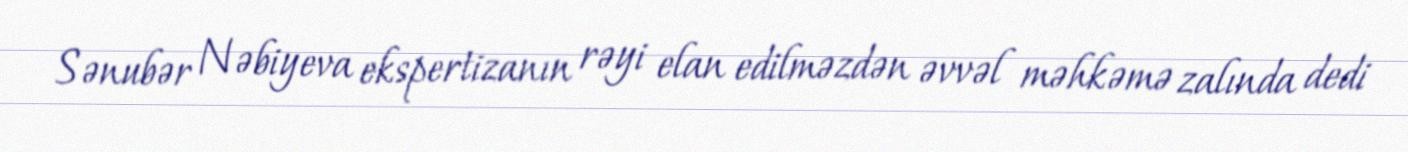
Sənubər Nəbiyeva ekspertizanın rəyi elan edilməzdən əvvəl məhkəmə zalında dedi